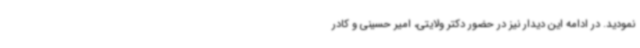
نمودید. در ادامه این دیدار نیز در حضور دکتر ولایتی، امیر حسینی و کادر